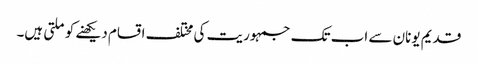
قدیم یونان سے اب تک جمہوریت کی مختلف اقسام دیکھنے کو ملتی ہیں۔